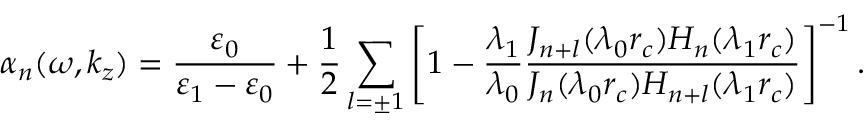
\alpha _ { n } ( \omega , k _ { z } ) = \frac { \varepsilon _ { 0 } } { \varepsilon _ { 1 } - \varepsilon _ { 0 } } + \frac { 1 } { 2 } \sum _ { l = \pm 1 } \left[ 1 - \frac { \lambda _ { 1 } } { \lambda _ { 0 } } \frac { J _ { n + l } ( \lambda _ { 0 } r _ { c } ) H _ { n } ( \lambda _ { 1 } r _ { c } ) } { J _ { n } ( \lambda _ { 0 } r _ { c } ) H _ { n + l } ( \lambda _ { 1 } r _ { c } ) } \right] ^ { - 1 } .